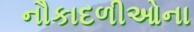
નૌકાદળીઓના